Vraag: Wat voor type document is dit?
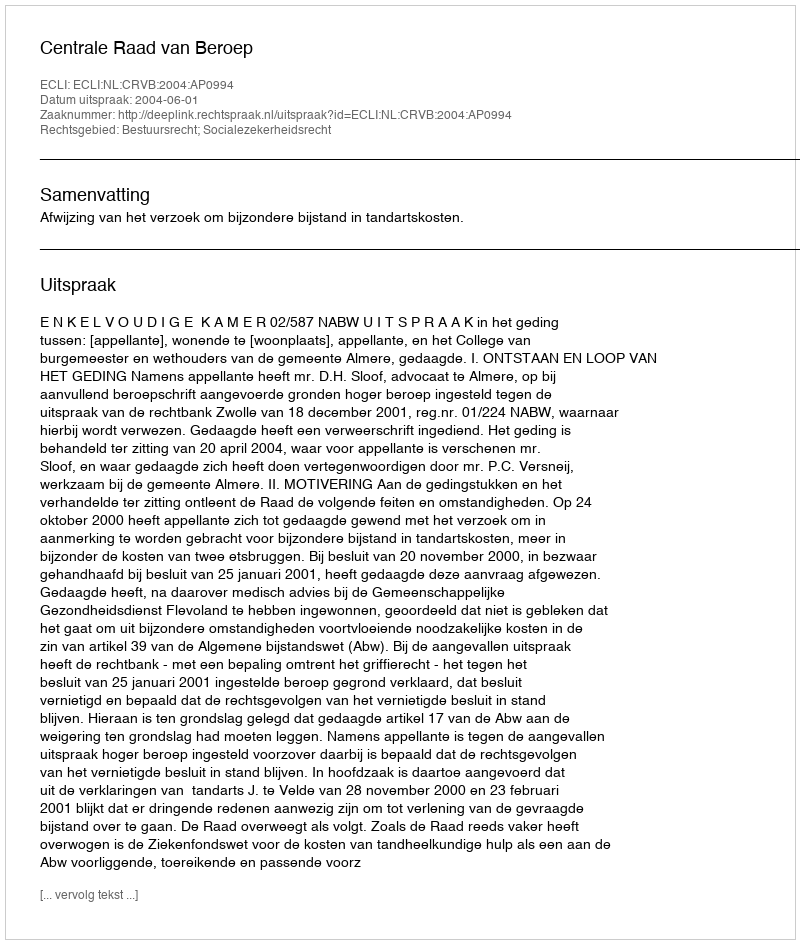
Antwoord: Uitspraak